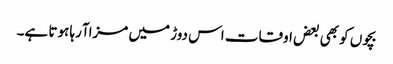
بچوں کو بھی بعض اوقات اس دوڑ میں مزاآرہا ہوتا ہے۔